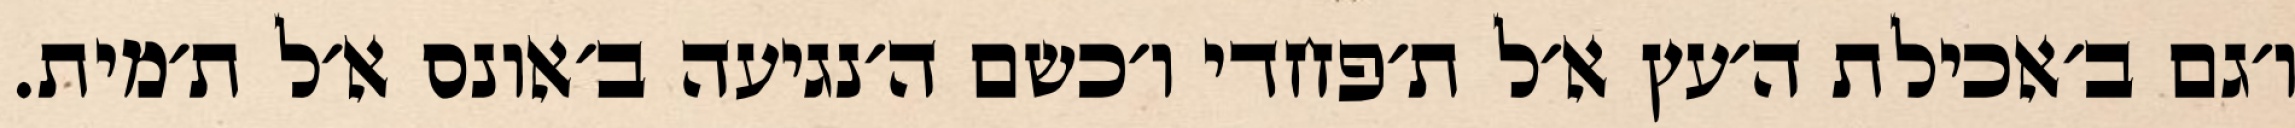
ו׳גם ב׳אכילת ה׳עץ א׳ל ת׳פחדי ו׳כשם ה׳נגיעה ב׳אונס א׳ל ת׳מית.